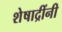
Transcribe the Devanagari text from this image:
शेषाद्रींनी